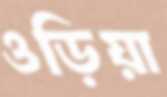
ওড়িয়া